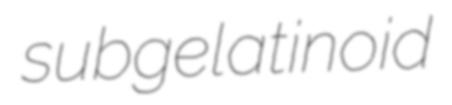
subgelatinoid